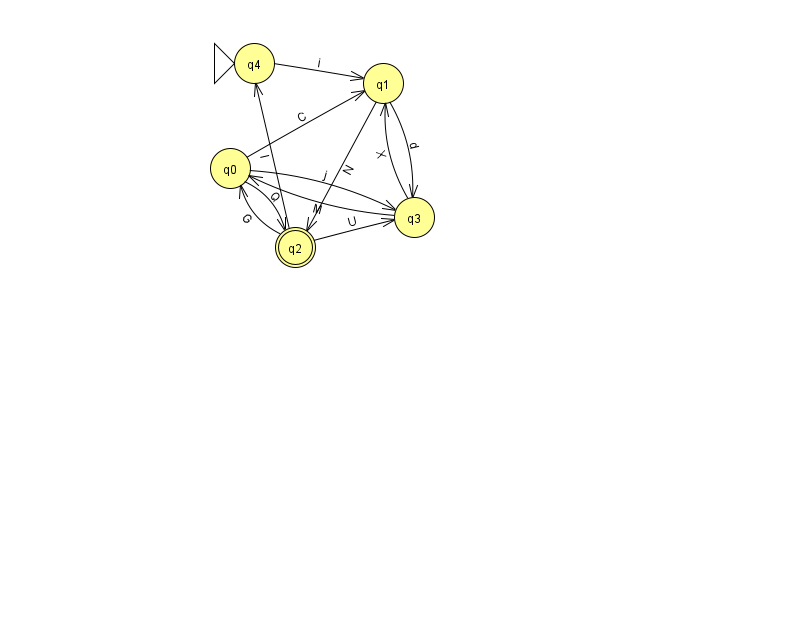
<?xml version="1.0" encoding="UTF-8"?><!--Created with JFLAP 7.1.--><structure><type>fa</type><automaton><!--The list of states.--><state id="0" name="q0"><x>230.0</x><y>155.0</y></state><state id="1" name="q1"><x>383.0</x><y>70.0</y></state><state id="2" name="q2"><x>295.0</x><y>234.0</y><final/></state><state id="3" name="q3"><x>414.0</x><y>204.0</y></state><state id="4" name="q4"><x>254.0</x><y>50.0</y><initial/></state><!--The list of transitions.--><transition><from>0</from><to>3</to><read>j</read></transition><transition><from>2</from><to>0</to><read>G</read></transition><transition><from>1</from><to>3</to><read>d</read></transition><transition><from>2</from><to>4</to><read>I</read></transition><transition><from>0</from><to>2</to><read>Q</read></transition><transition><from>1</from><to>2</to><read>N</read></transition><transition><from>3</from><to>0</to><read>M</read></transition><transition><from>2</from><to>3</to><read>U</read></transition><transition><from>4</from><to>1</to><read>i</read></transition><transition><from>0</from><to>1</to><read>C</read></transition><transition><from>3</from><to>1</to><read>X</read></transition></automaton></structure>